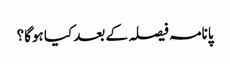
پانامہ فیصلہ کے بعد کیا ہوگا؟